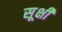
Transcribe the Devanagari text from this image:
सूक्षी